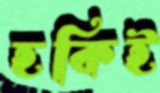
হকিই